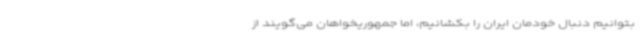
بتوانیم دنبال خودمان ایران را بکشانیم، اما جمهوریخواهان می‌گویند از